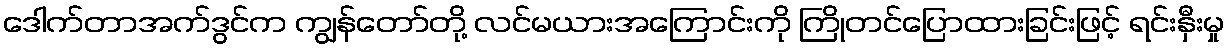
ဒေါက်တာအက်ဒွင်က ကျွန်တော်တို့ လင်မယားအကြောင်းကို ကြိုတင်ပြောထားခြင်းဖြင့် ရင်းနှီးမှု